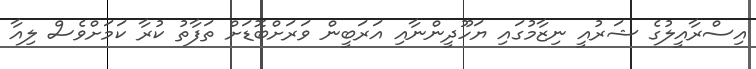
އިސްރާއީލުގެ ޝަރުއީ ނިޒާމުގައި ޔަހޫދީންނާއި އަރަބީން ވަރަށްބޮޑަށް ތަފާތު ކުރާ ކަމަށްވެސް ލިއާ